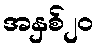
အနှစ်၂၀